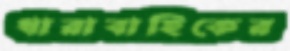
ধারাবাহিকের